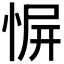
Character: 𪬑